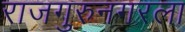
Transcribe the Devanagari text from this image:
राजगुरुनगरला